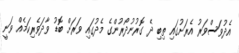
އެދުވަސްވަރު އެރަށުގައި ތިބި ދެ ގޮރުނުދޯރުންގެ މެދުގައި ވަރަށް ބޮޑު ވާދަވެރިކަމެއް ވަނީ